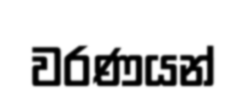
වරණයන්